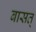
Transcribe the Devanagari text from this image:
बासत्